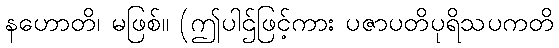
နဟောတိ၊ မဖြစ်။ (ဤပါဌ်ဖြင့်ကား ပဇာပတိပုရိသပကတိ